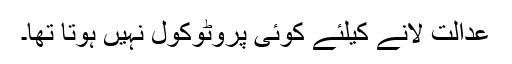
عدالت لانے کیلئے کوئی پروٹوکول نہیں ہوتا تھا۔